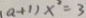
( a + 1 ) x ^ { 2 } = 3